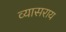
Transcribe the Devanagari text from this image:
व्यासराय